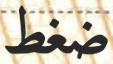
ضغط